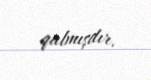
qalmışdır.